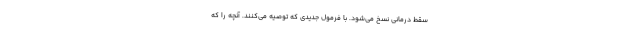
سقط درمانی نسخ می‌شود. با فرمول جدیدی که توصیه می‌کنند. آنچه را که